Indian journal of veterinary science and animal husbandry - Volume 9,
Year: 1939
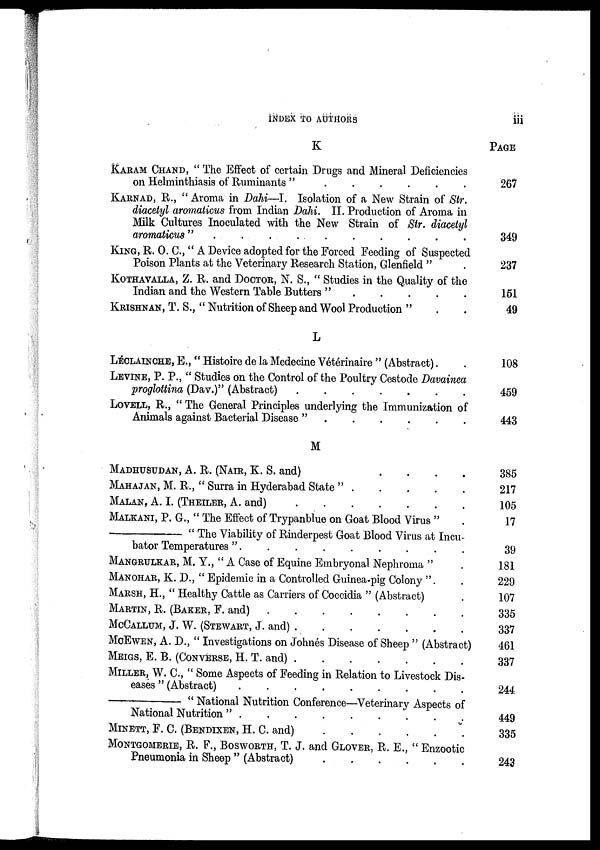
INDEX TO AUTHORS
iii
K
KARAM CHAND, " The Effect of certain Drugs and Mineral Deficiencies
on Helminthiasis of Ruminants " . . . . . .
KARNAD, R., " Aroma in Dahi—I. Isolation of a New Strain of Str.
diacetyl aromaticus from Indian Dahi. II. Production of Aroma in
Milk Cultures Inoculated with the New Strain of Str. diacetyl
aromaticus"
.
.
.
.
.
.
.
.
.
.
KING, R. O. C., " A Device adopted for the Forced Feeding of Suspected
Poison Plants at the Veterinary Research Station, Glenfield " .
KOTHAVALLA, Z. R. and DOCTOR, N. S., " Studies in the Quality of the
Indian and the Western Table Butters " . . . . .
KRISHNAN, T. S., " Nutrition of Sheep and Wool Production " . .
L
LECLAINCHE, E., " Histoire de la Medecine Vétérinaire " (Abstract) . .
LEVINE, P. P., " Studies on the Control of the Poultry Cestode Davainea
proglottina (Dav.)" (Abstract)
.
.
.
.
.
.
.
LOVELL, R., " The General Principles underlying the Immunization of
Animals against Bacterial Disease "
.
.
.
.
.
.
M
MADHUSUDAN, A. R. (NAIR, K. S. and) . . . .
MAHAJAN, M. R., " Surra in Hyderabad State " . . . . .
MALAN, A. I. (THEILER, A. and)
.
.
.
.
.
.
.
MALKANI, P. G., " The Effect of Trypanblue on Goat Blood Virus " .
—
" The Viability of Rinderpest Goat Blood Virus at Incu-
bator Temperatures " . . . . . . . . .
MANGRULKAR, M. Y., " A Case of Equine Embryonal Nephroma " .
MANOHAR, K. D., " Epidemic in a Controlled Guinea-pig Colony " . .
MARSH, H., " Healthy Cattle as Carriers of Coccidia " (Abstract) .
MARTIN, R. (BAKER, F. and)
.
.
.
.
.
.
.
.
McCALLUM, J. W. (STEWART, J. and)
.
.
.
.
.
.
.
McEWEN, A. D., " Investigations on Johnes Disease of Sheep " (Abstract)
MEIGS, E. B. (CONVERSE, H. T. and)
.
.
.
.
.
.
.
MILLER, W. C., " Some Aspects of Feeding in Relation to Livestock Dis-
eases " (Abstract)
.
.
.
.
.
.
.
.
.
—
" National Nutrition Conference—Veterinary Aspects of
National Nutrition "
.
.
.
.
.
.
.
.
.
MINETT, F. C. (BENDIXEN, H. C. and)
.
.
.
.
.
.
MONTGOMERIE, R. F., BOSWORTH, T. J. and GLOVER, R. E., " Enzootic
Pneumonia, in Sheep " (Abstract)
.
.
.
.
.
.
PAGE
267
349
237
151
49
108
459
443
385
217
105
17
39
181
229
107
335
337
461
337
244
449
335
243